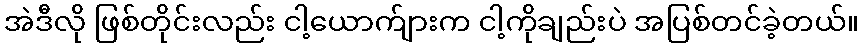
အဲဒီလို ဖြစ်တိုင်းလည်း ငါ့ယောက်ျားက ငါ့ကိုချည်းပဲ အပြစ်တင်ခဲ့တယ်။